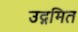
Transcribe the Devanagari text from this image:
उद्गमित